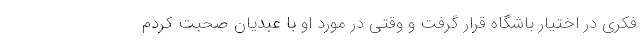
فکری در اختیار باشگاه قرار گرفت و وقتی در مورد او با عبدیان صحبت کردم